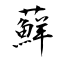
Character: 蘚